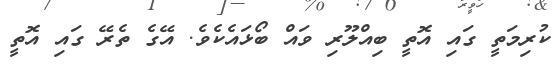
ކުރިމަތީ ގައި އޮތީ ބިއްލޫރި ވައް ބޯޅައެކެވެ. އޭގެ ތެރޭ ގައި އޮތީ